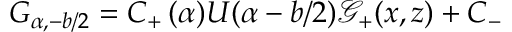
G _ { \alpha , - b / 2 } = C _ { + } \, ( \alpha ) U ( \alpha - b / 2 ) { \mathcal { G } } _ { + } ( x , z ) + C _ { - }